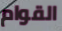
القوام